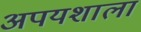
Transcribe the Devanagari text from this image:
अपयशाला